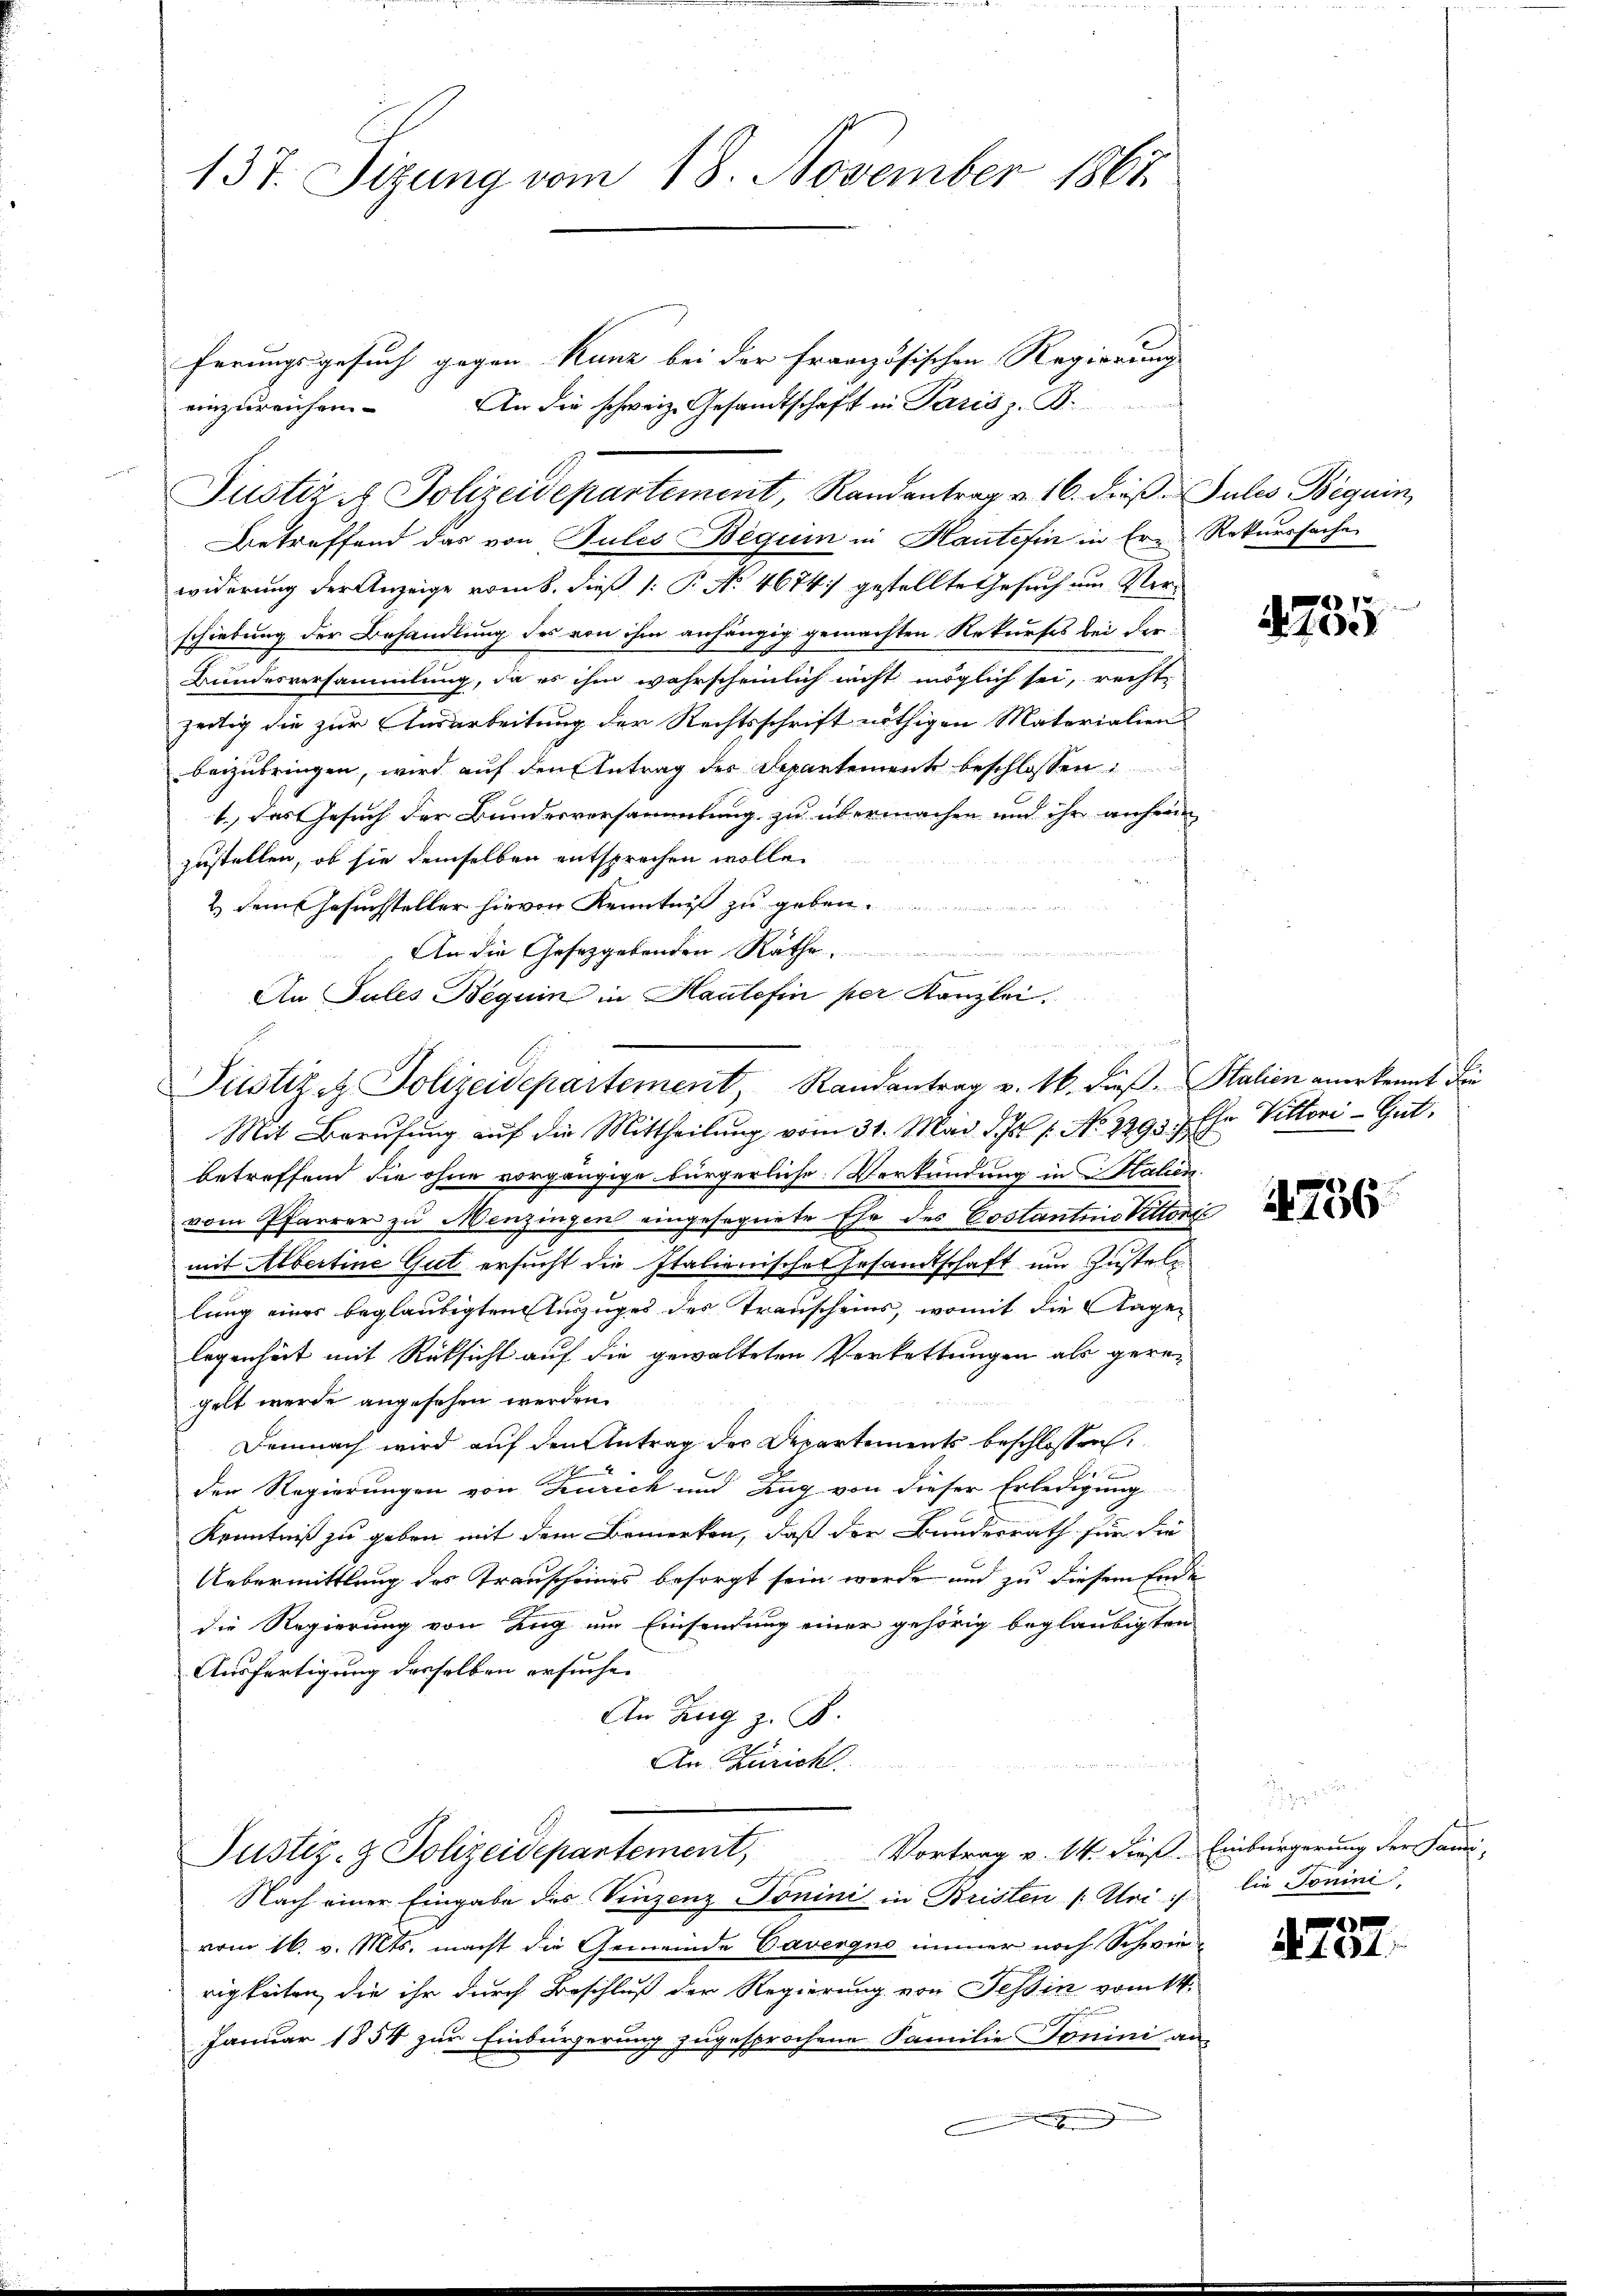
137. Sizung vom 18. November 1867

ferungsgesuch gegen Kunz bei der Französischen Regierung |
einzureichen. An die schweiz. Gesandtschaft in Paris z. B.
Justiz & Polizeidepartement, Randantrag v. 16. dieß. Sules Beguin,
betreffend das von Jules Beguin in Kauterin in Ern Rekurssache
widerung der Anzeige vom 8. dieß 1: P. No. 4674. gestellte Gesuch um Verschiebung der Behandlung des von ihm anhängig gemachten Rekurses bei der
Bundesversammlung, da es ihm wahrscheinlich nicht möglich sei, recht
zeitig die zur Ausarbeitung der Rechtsschrift nöthigen Materialien
beizubringen, wird auf den Antrag der Departement beschlossen:
1. Das Gesuch der Bundesversammlung zu übermachen und ihr anhei
zustellen, ob sie demselben entsprochen wolle.
2. dem Gesuchsteller hievon Kenntniß zu geben.
Mit Berufung auf die Mittheilung vom 31. Mai d. 7 f. No. 2293. / Ehr Vittori - Gut
betreffend die ohne vorgängige bürgerliche Verkündung in Stahen
vom Pfarrer zu Menzingen eingesegnete Ehe des Costantiis Vittort

mit Albertine Gut ersucht die Italienisches Gesandtschaft und Zustelllung eines beglaubigten Auszuges des Transcheins, womit die Angelegenheit mit Rücksicht auf die gewalteten Verkettungen als geregelt werde angesehen werden.
Demnach wird auf den Antrag der Departements beschlossen:
 f
01 f 0 x
Der Regierungen von Zürich und Zug von dieser Erledigung
Kenntniß zu geben mit dem Bemerken, daß der Bundesrath für die
Uebermittlung des Transcheines besorgt sein werde und zu diesem Ende
die Regierung von Zug um Einsendung einer gehörig beglaubigten
Ausfertigung desselben ersuche.
An Zug z. B.
An Züricht.
Justiz- & Polizeidepartement, Vortrag v. 14. dieß. Einbürgerung der Fami-
Nach einer Eingabe des Vinzenz Tonini in Bristen (: Uri
vom 16. v. Mts. macht die Gemeinde Cavergus immer noch Schwierigkeiten, die ihr durch Beschluß der Regierung von Tessin vom 14.
Januar 1854 zur Einbürgerung zugesprochene Familie Tonini an-
.

An die Gesetzgebenden Rathe

n
An Sules Beguin in Haute fin per Kanzlei.
71 18ten
E
Justiz & Polizeidepartement, Randantrag v. 16. dieß. Stalien anerkennt die

1735

1756

¬
lie Tonini

e
A 191